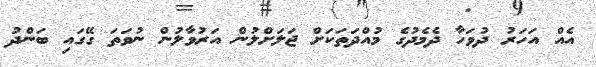
އެއް އަހަރު ދުވަހާ ދެމެދުގެ މުއްދަތަކަށް ޖަލަށްލުން އަރުވާލުން ނުވަތަ ގޭގައި ބަންދު